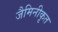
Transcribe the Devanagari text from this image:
जैमिनीकृत